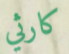
كارثي